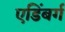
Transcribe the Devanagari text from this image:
एडिंबर्ग